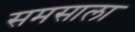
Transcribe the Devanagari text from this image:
समसाला